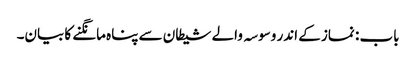
باب : نماز کے اندر وسوسہ والے شیطان سے پناہ مانگنے کا بیان۔